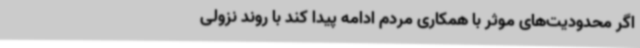
اگر محدودیت‌های موثر با همکاری مردم ادامه پیدا کند با روند نزولی